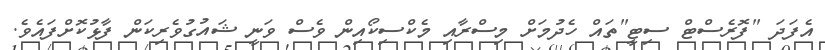
އެފަދަ "ފޮރެސްޓް ސިޓީ"ތައް ހެދުމަށް މިސްރާއި މެކްސިކޯއިން ވެސް ވަނީ ޝައުގުވެރިކަން ފާޅުކޮށްފައެވެ.